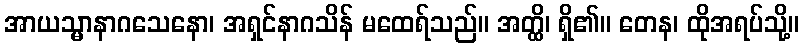
အာယသ္မာနာဂသေနော၊ အရှင်နာဂသိန် မထေရ်သည်။ အတ္ထိ၊ ရှိ၏။ တေန၊ ထိုအရပ်သို့။